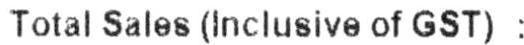
TOTAL SALES (INCLUSIVE OF GST) :